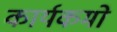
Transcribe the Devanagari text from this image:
कार्यकमो